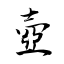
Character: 壺